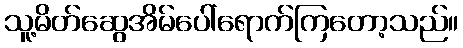
သူ့မိတ်ဆွေအိမ်ပေါ်ရောက်ကြတော့သည်။